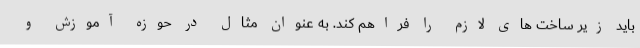
باید زیر ساخت های لازم را فراهم کند. به عنوان مثال در حوزه آموزش و